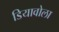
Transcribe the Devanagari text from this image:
डियावोला